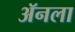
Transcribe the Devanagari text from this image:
ॲनला